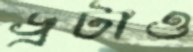
ড্রটাও